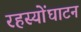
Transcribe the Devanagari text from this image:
रहस्योंघाटन